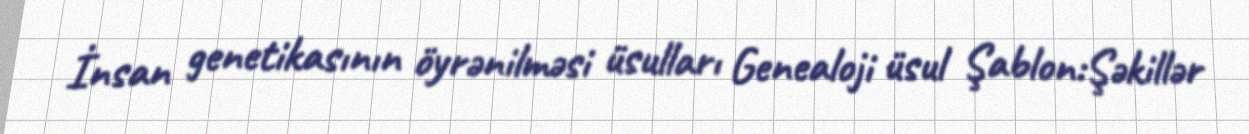
İnsan genetikasının öyrənilməsi üsulları Genealoji üsul Şablon:Şəkillər